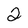
Character: 2